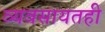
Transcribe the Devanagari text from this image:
व्यवसायतही